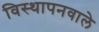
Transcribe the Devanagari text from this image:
विस्थापनवाले